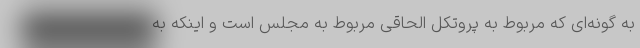
به گونه‌ای که مربوط به پروتکل الحاقی مربوط به مجلس است و اینکه به